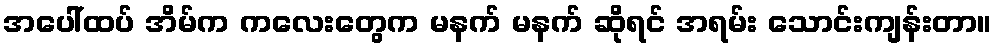
အပေါ်ထပ် အိမ်က ကလေးတွေက မနက် မနက် ဆိုရင် အရမ်း သောင်းကျန်းတာ။